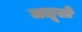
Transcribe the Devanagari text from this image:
जलूसों